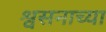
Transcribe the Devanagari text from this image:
श्वसनाच्या